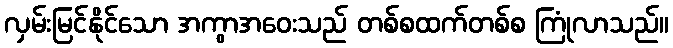
လှမ်းမြင်နိုင်သော အကွာအဝေးသည် တစ်စထက်တစ်စ ကြုံလာသည်။